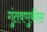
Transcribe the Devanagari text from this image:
गुंतवणुकीस